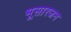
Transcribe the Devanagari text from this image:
भूसारजन